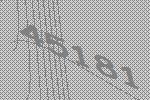
45181